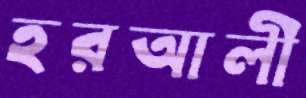
হরআলী